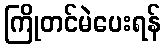
ကြိုတင်မဲပေးရန်